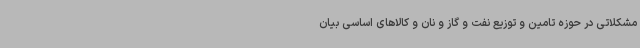
مشکلاتی در حوزه تامین و توزیع نفت و گاز و نان و کالاهای اساسی بیان